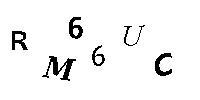
RM66UC